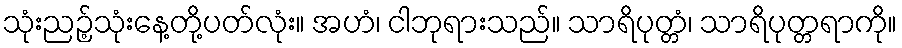
သုံးညဉ့်သုံးနေ့တို့ပတ်လုံး။ အဟံ၊ ငါဘုရားသည်။ သာရိပုတ္တံ၊ သာရိပုတ္တရာကို။